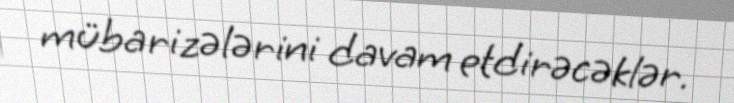
mübarizələrini davam etdirəcəklər.